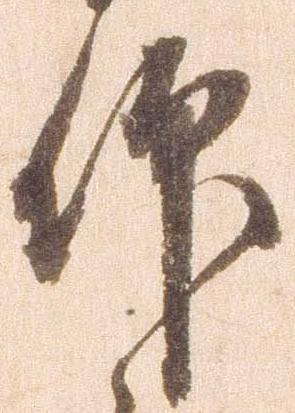
仰